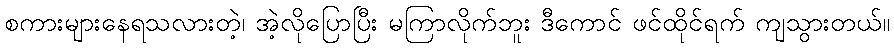
စကားများနေရသလားတဲ့၊ အဲ့လိုပြောပြီး မကြာလိုက်ဘူး ဒီကောင် ဖင်ထိုင်ရက် ကျသွားတယ်။